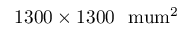
1 3 0 0 \times 1 3 0 0 \ \mathrm { \ m u m ^ { 2 } }